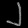
Digit: ၂